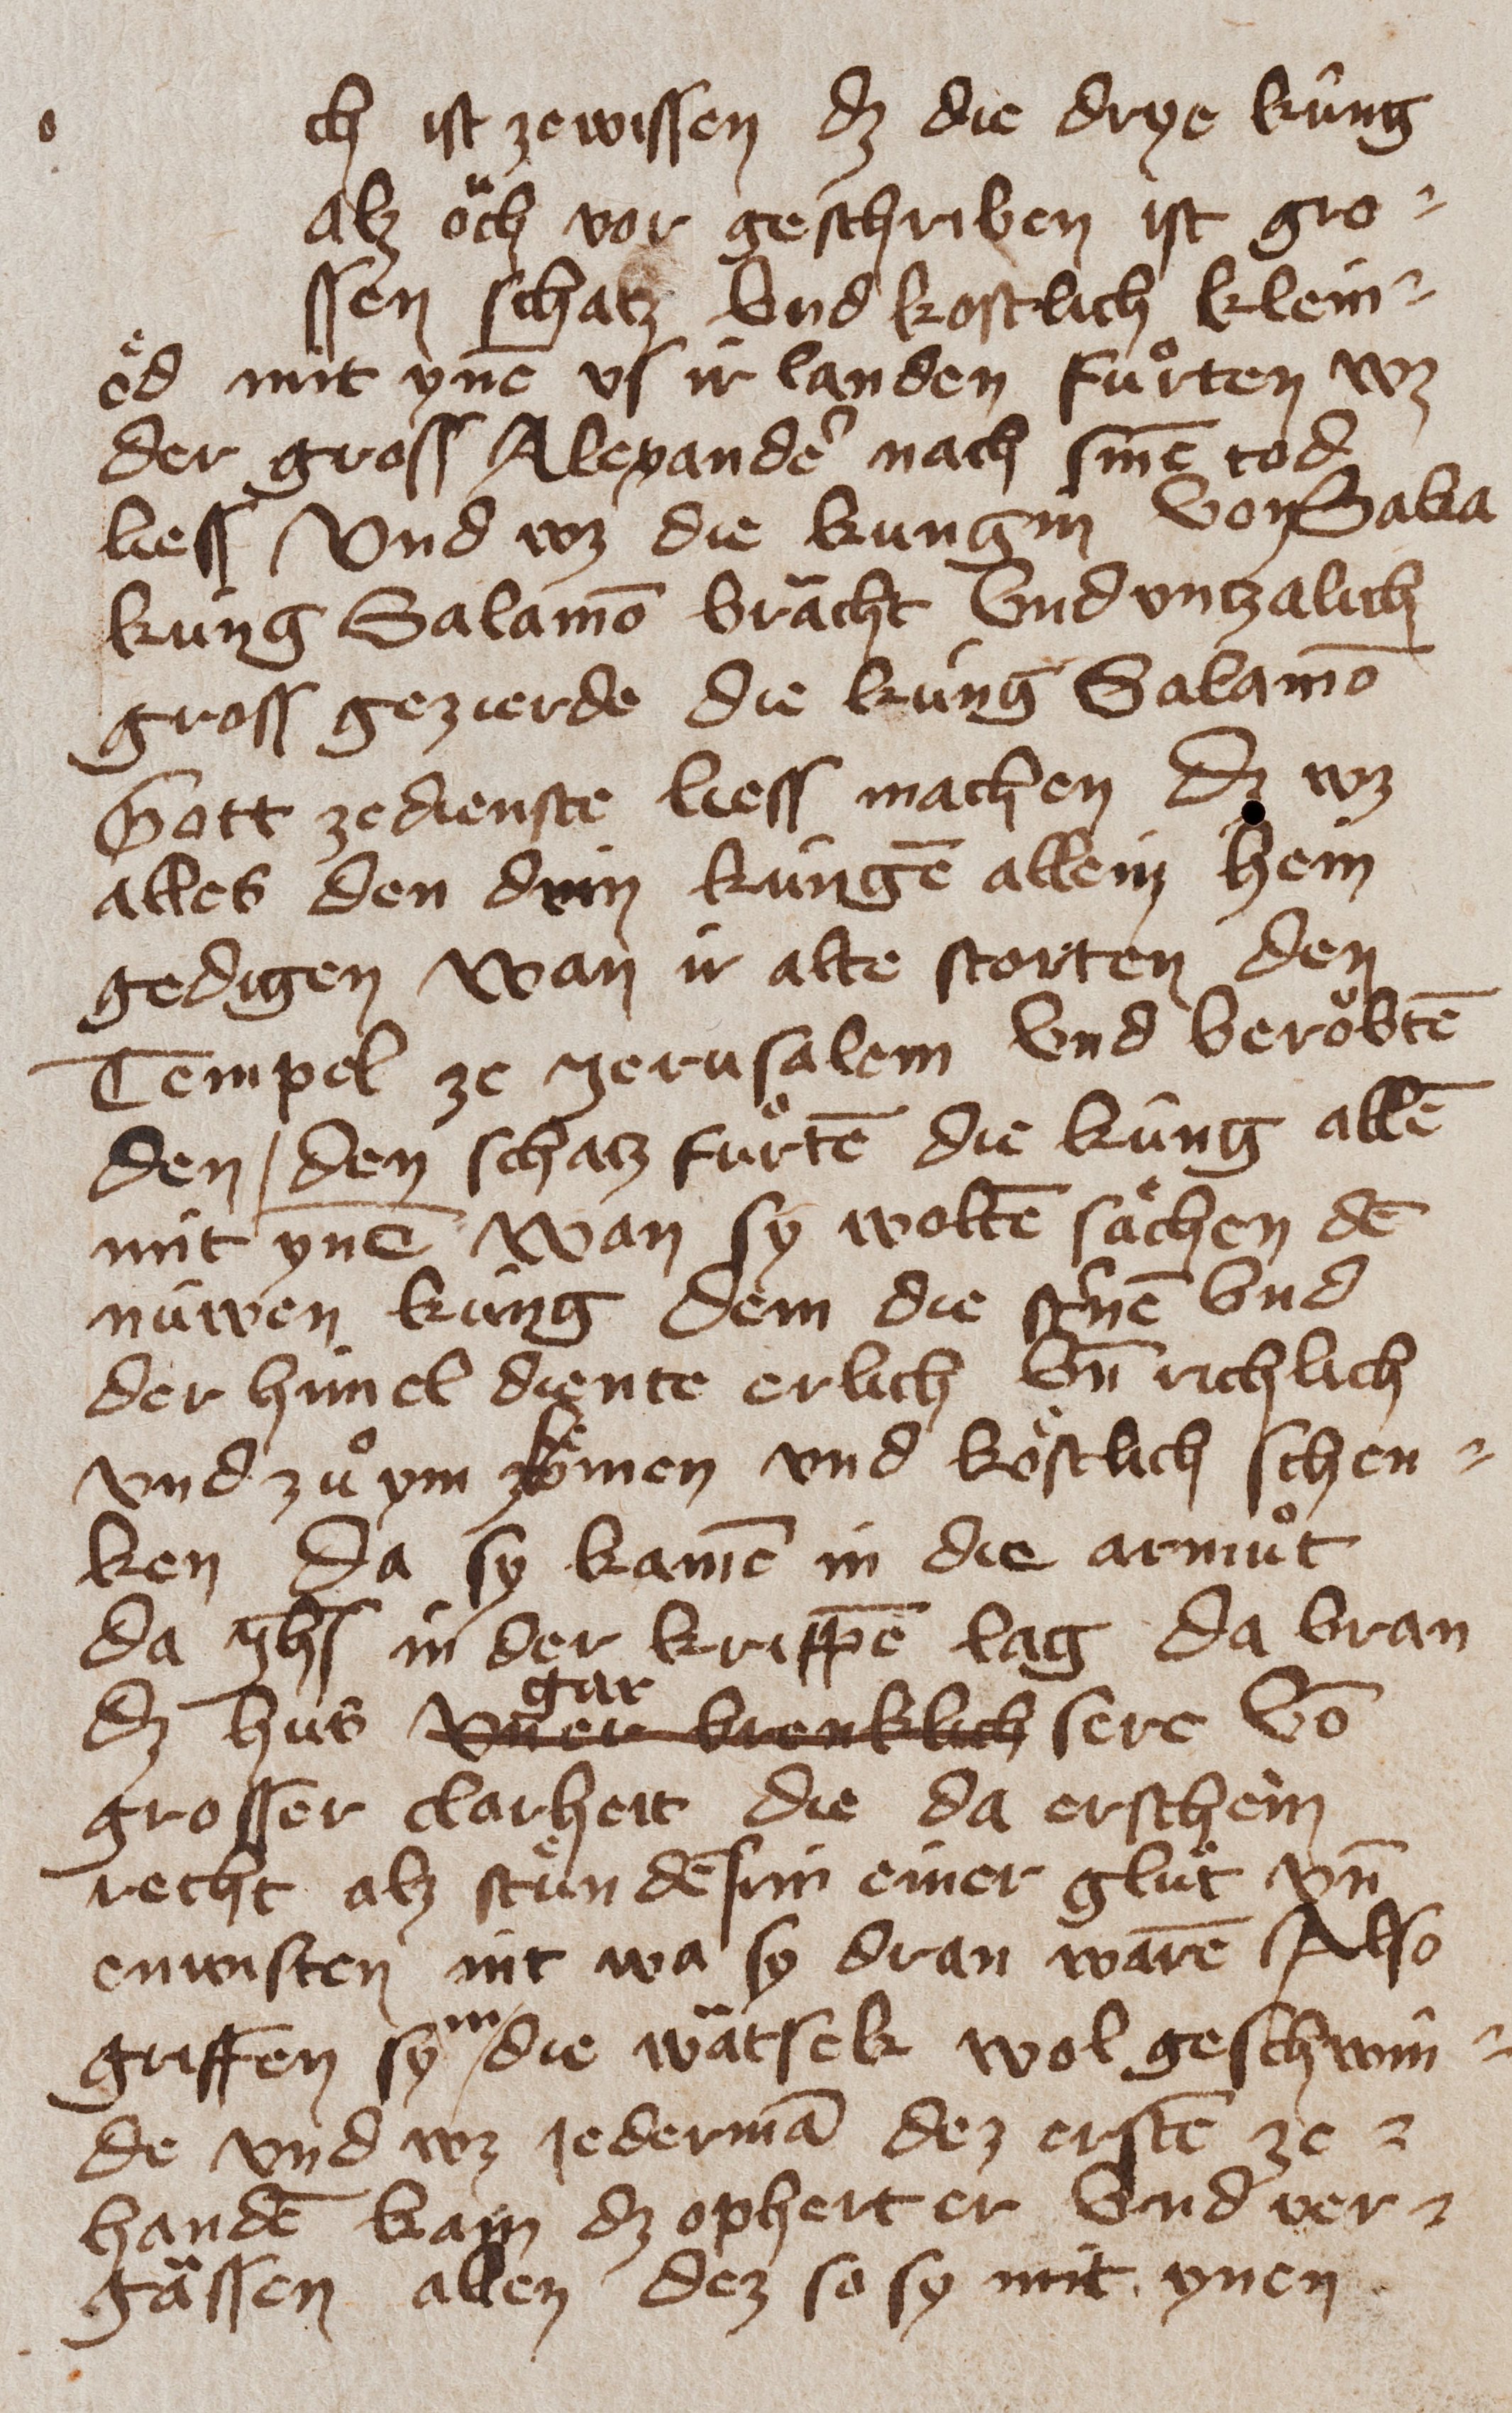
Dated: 1400–1449